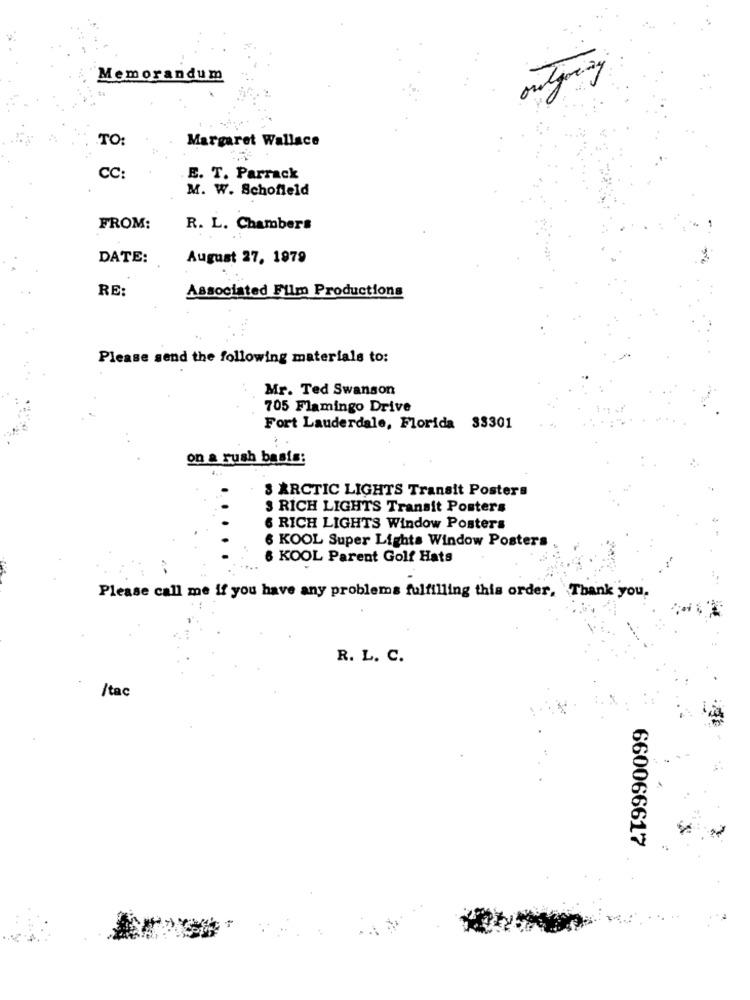
Memorandum
outprzy
TO:
Margaret Wallace
CC:
E. T. Parrack
M. W. Schofield
FROM:
R. L. Chambers
DATE:
August 27, 1979
Associated Film Productions
RE:
Please send the following materials to:
Mr. Ted Swanson
705 Flamingo Drive
Fort Lauderdale, Florida 33301
on a rush basis:
S ARCTIC LIGHTS Transit Posters
3 RICH LIGHTS Transit Posters
RICH LIGHTS Window Posters
KOOL Super Lights Window Posters
6 KOOL Parent Golf Hats
Please call me if you have any problems fulfilling this order, Thank you.
R. L. C.
/tac
660066617